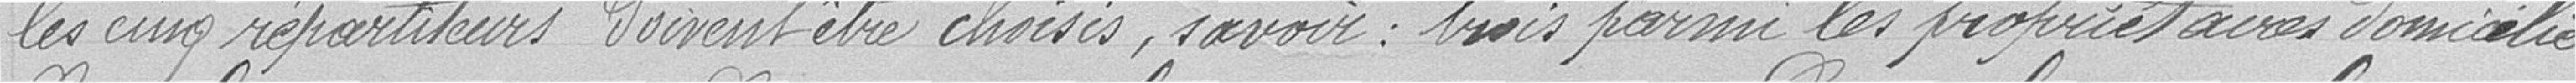
les cinq répartiteurs doivent être choisis, à savoir : trois parmi les propriétaires domiciliés